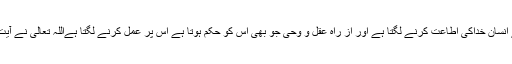
ا علم و آگاہی سے انسان خداکی اطاعت کرنے لگتا ہے اور از راہ عقل و وحی جو بھی اس کو حکم ہوتا ہے اس پر عمل کرنے لگتا ہےاللہ تعالی نے آیت ١٠٤سورہ مائدہ۔